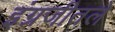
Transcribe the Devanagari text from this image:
इंग्रजीतले